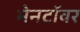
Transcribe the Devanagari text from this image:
मेनटॉवर